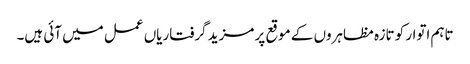
تاہم اتوار کو تازہ مظاہروں کے موقع پر مزید گرفتاریاں عمل میں آئی ہیں۔